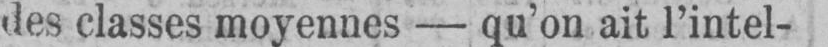
des classes moyennes - qu’on ait l’intel-